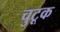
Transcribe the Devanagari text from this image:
चुटूक